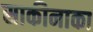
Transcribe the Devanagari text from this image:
साकीनाका